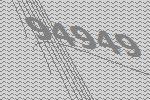
94949